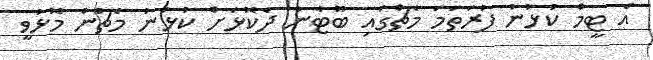
އެ ޓީމް ކުޅުނު ފުރަތަމަ މެޗްގައި ބޫޓާނާ ދެކޮޅަށް ކުޅުނު މެޗުން މޮޅުވީ